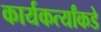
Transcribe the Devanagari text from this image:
कार्यकर्त्यांकडे